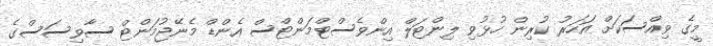
މީގެ ވިއްސަކަށް އަހަރު ކުރިން ހުޅުވި ލިންޓަލް އިންވެސްޓްމަންޓްސް އެންޑް މެނޭޖުމަންޓް ސާވިސަސްގެ